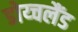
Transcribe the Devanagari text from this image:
डोय्चलैंड